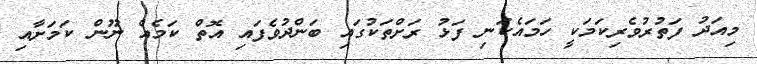
މިއަދު ފަތުރުވެރިކަމަކީ ހަމައެކަނި ފަޅު ރަށްތަކުގައި ބަންދުވެފައި އޮތް ކަމެއް ނޫން ކަމަށާއި